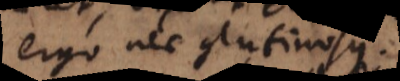
ergo nec glutinosus.